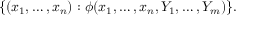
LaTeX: \{ ( x _ { 1 } , \dots , x _ { n } ) : \phi ( x _ { 1 } , \dots , x _ { n } , Y _ { 1 } , \dots , Y _ { m } ) \} .